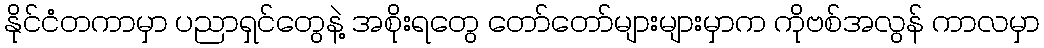
နိုင်ငံတကာမှာ ပညာရှင်တွေနဲ့ အစိုးရတွေ တော်တော်များများမှာက ကိုဗစ်အလွန် ကာလမှာ